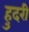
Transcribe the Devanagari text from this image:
हुदरी